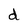
Character: d